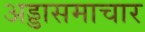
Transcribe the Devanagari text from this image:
अड्डासमाचार